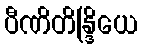
ပီဏိတိန္ဒြိယေ